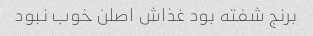
برنج شفته بود غذاش اصلن خوب نبود